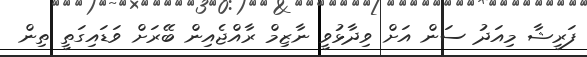
ފަރީޝާ މިއަދު ސަން އަށް ވިދާޅުވީ ނާޒިމް ރާއްޖެއިން ބޭރަށް ވަޑައިގަތީ ތިން